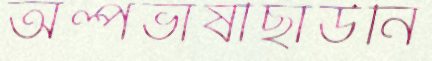
অল্পভাষীছাউনি